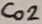
Text: Co2